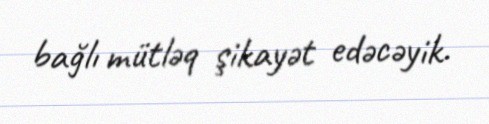
bağlı mütləq şikayət edəcəyik.